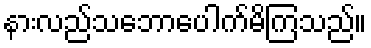
နားလည်သဘောပေါက်မိကြသည်။